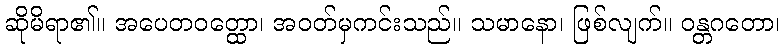
ဆိုမိရာ၏။ အပေတဝတ္ထော၊ အဝတ်မှကင်းသည်။ သမာနော၊ ဖြစ်လျက်။ ဝန္တဂတော၊